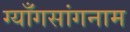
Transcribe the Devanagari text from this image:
ग्याँगसांगनाम